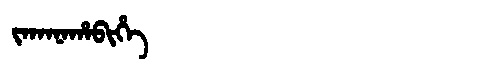
Manchu: ᠵᠠᡴᠠᠨᠠᡥᠠᠪᡳᡥᡝ
Romanization: JAKANAHABIHE